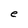
Character: e